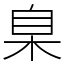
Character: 臬